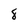
Character: 8